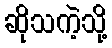
ဆိုသကဲ့သို့